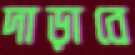
দাড়াবে